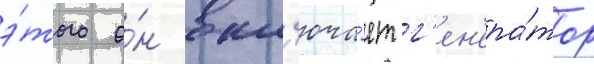
э́того о́н вкл'юча́ет г'ен'ера́тор